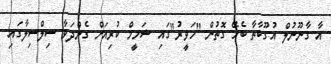
އާ ގާނޫނުލް އުގޫބާތާ ބެހޭ ގޮތުން "ހަވީރު"ގައި ޝަމީމް ކުރިއަށް ގެންދަވާ ސިލްސިލާގައި